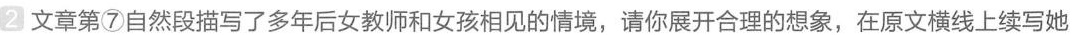
2文章第⑦自然段描写了多年后女教师和女孩相见的情境，请你展开合理的想象，在原文横线上续写她